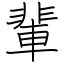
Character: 輩